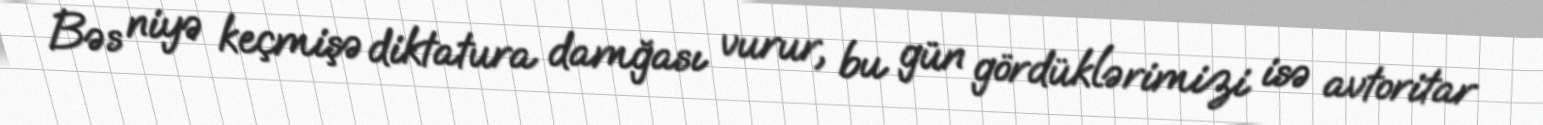
Bəs niyə keçmişə diktatura damğası vurur, bu gün gördüklərimizi isə avtoritar